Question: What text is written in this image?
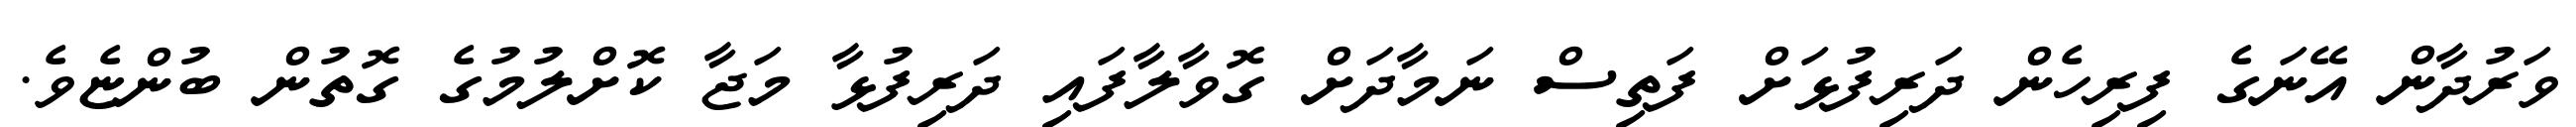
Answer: ވަރުދާން އޭނަގެ ފިރިހެން ދަރިފުޅަށް ފަތިސް ނަމާދަށް ގޮވާލާފައި ދަރިފުޅާ މަޖާ ކޮށްލުމުގެ ގޮތުން ބުންޏެވެ.